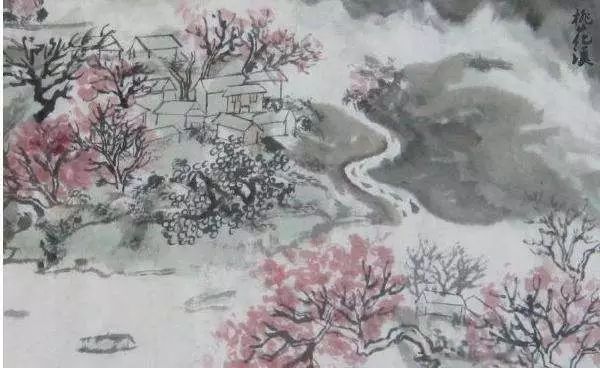
桃花尽日随流水，洞在清溪何处边。